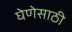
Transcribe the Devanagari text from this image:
घेणेसाठी